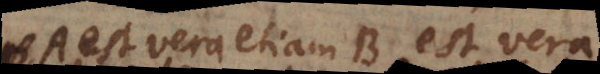
A est vera, etiam B est vera.